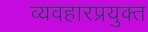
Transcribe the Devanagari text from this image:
व्यवहारप्रयुक्त